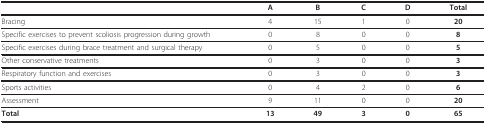
<table><thead><tr><td></td><td><b>A</b></td><td><b>B</b></td><td><b>C</b></td><td><b>D</b></td><td><b>Total</b></td></tr></thead><tbody><tr><td>Bracing</td><td>4</td><td>15</td><td>1</td><td>0</td><td><b>20</b></td></tr><tr><td>Specific exercises to prevent scoliosis progression during growth</td><td>0</td><td>8</td><td>0</td><td>0</td><td><b>8</b></td></tr><tr><td>Specific exercises during brace treatment and surgical therapy</td><td>0</td><td>5</td><td>0</td><td>0</td><td><b>5</b></td></tr><tr><td>Other conservative treatments</td><td>0</td><td>3</td><td>0</td><td>0</td><td><b>3</b></td></tr><tr><td>Respiratory function and exercises</td><td>0</td><td>3</td><td>0</td><td>0</td><td><b>3</b></td></tr><tr><td>Sports activities</td><td>0</td><td>4</td><td>2</td><td>0</td><td><b>6</b></td></tr><tr><td>Assessment</td><td>9</td><td>11</td><td>0</td><td>0</td><td><b>20</b></td></tr><tr><td><b>Total</b></td><td><b>13</b></td><td><b>49</b></td><td><b>3</b></td><td><b>0</b></td><td><b>65</b></td></tr></tbody></table>